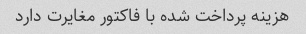
هزینه پرداخت شده با فاکتور مغایرت دارد